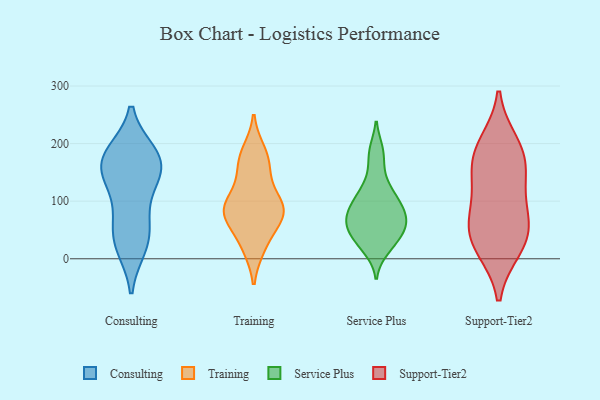
{"axis": {"x": "Market Share (%)", "y": "Value"}, "legend": ["Consulting", "Service Plus", "Support-Tier2", "Training"], "data": [{"x": "", "y": 37, "type": "Consulting"}, {"x": "", "y": 162, "type": "Consulting"}, {"x": "", "y": 180, "type": "Consulting"}, {"x": "", "y": 170, "type": "Consulting"}, {"x": "", "y": 24, "type": "Consulting"}, {"x": "", "y": 134, "type": "Consulting"}, {"x": "", "y": 173, "type": "Consulting"}, {"x": "", "y": 41, "type": "Consulting"}, {"x": "", "y": 90, "type": "Consulting"}, {"x": "", "y": 160, "type": "Consulting"}, {"x": "", "y": 71, "type": "Training"}, {"x": "", "y": 103, "type": "Training"}, {"x": "", "y": 136, "type": "Training"}, {"x": "", "y": 76, "type": "Training"}, {"x": "", "y": 21, "type": "Training"}, {"x": "", "y": 171, "type": "Training"}, {"x": "", "y": 77, "type": "Training"}, {"x": "", "y": 185, "type": "Training"}, {"x": "", "y": 167, "type": "Training"}, {"x": "", "y": 82, "type": "Training"}, {"x": "", "y": 24, "type": "Training"}, {"x": "", "y": 88, "type": "Training"}, {"x": "", "y": 88, "type": "Training"}, {"x": "", "y": 83, "type": "Service Plus"}, {"x": "", "y": 41, "type": "Service Plus"}, {"x": "", "y": 101, "type": "Service Plus"}, {"x": "", "y": 91, "type": "Service Plus"}, {"x": "", "y": 114, "type": "Service Plus"}, {"x": "", "y": 24, "type": "Service Plus"}, {"x": "", "y": 102, "type": "Service Plus"}, {"x": "", "y": 66, "type": "Service Plus"}, {"x": "", "y": 46, "type": "Service Plus"}, {"x": "", "y": 59, "type": "Service Plus"}, {"x": "", "y": 16, "type": "Service Plus"}, {"x": "", "y": 187, "type": "Service Plus"}, {"x": "", "y": 26, "type": "Service Plus"}, {"x": "", "y": 68, "type": "Service Plus"}, {"x": "", "y": 52, "type": "Service Plus"}, {"x": "", "y": 122, "type": "Service Plus"}, {"x": "", "y": 64, "type": "Service Plus"}, {"x": "", "y": 149, "type": "Service Plus"}, {"x": "", "y": 185, "type": "Service Plus"}, {"x": "", "y": 76, "type": "Service Plus"}, {"x": "", "y": 73, "type": "Support-Tier2"}, {"x": "", "y": 199, "type": "Support-Tier2"}, {"x": "", "y": 19, "type": "Support-Tier2"}, {"x": "", "y": 183, "type": "Support-Tier2"}, {"x": "", "y": 175, "type": "Support-Tier2"}, {"x": "", "y": 57, "type": "Support-Tier2"}, {"x": "", "y": 143, "type": "Support-Tier2"}, {"x": "", "y": 21, "type": "Support-Tier2"}, {"x": "", "y": 53, "type": "Support-Tier2"}, {"x": "", "y": 121, "type": "Support-Tier2"}]}